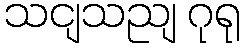
သငျသညျ ဂုရု